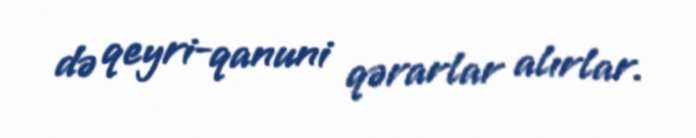
də qeyri-qanuni qərarlar alırlar.